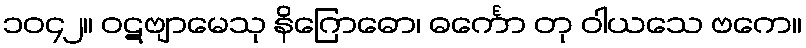
၁၀၄၂။ ဝဋဗျာမေသု နိဂြောဓော၊ ဓင်္ကော တု ဝါယသေ ဗကေ။